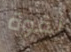
لقوة